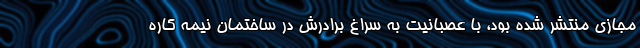
مجازی منتشر شده بود، با عصبانیت به سراغ برادرش در ساختمان نیمه کاره